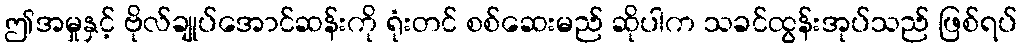
ဤအမှုနှင့် ဗိုလ်ချုပ်အောင်ဆန်းကို ရုံးတင် စစ်ဆေးမည် ဆိုပါက သခင်ထွန်းအုပ်သည် ဖြစ်ရပ်